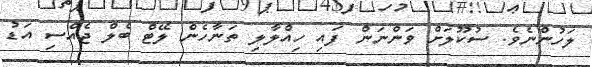
ލަހުންނެވެ. ސުކޫލަށް ވަންނަން ފައި ހިއްލާލި ތަނާހެން ލޭޓް ބެލް ޖެއްސި އަޑު